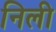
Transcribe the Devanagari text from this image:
निली